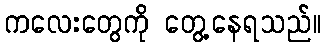
ကလေးတွေကို တွေ့နေရသည်။